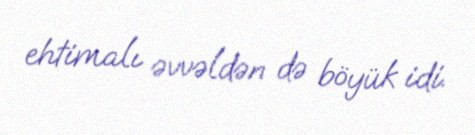
ehtimalı əvvəldən də böyük idi.